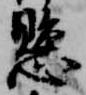
懸